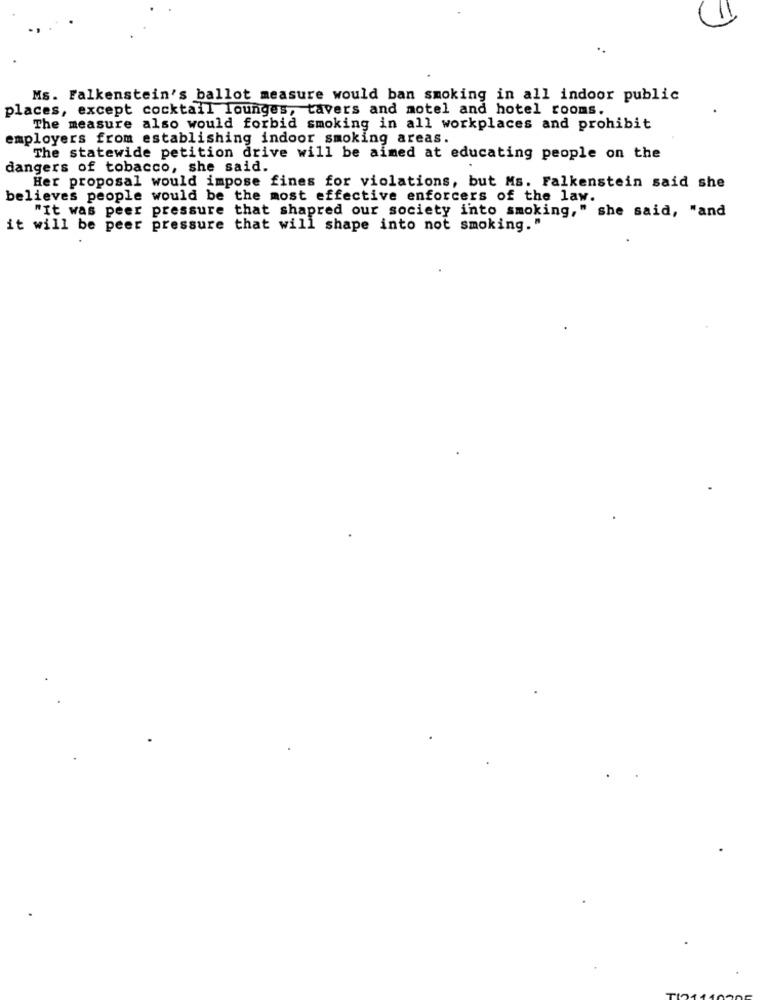
Ms. Falkenstein's ballot measure would ban smoking in all indoor public
places, except cocktail lounges, tavers and motel and hotel rooms.
The measure also would forbid smoking in all workplaces and prohibit
employers from establishing indoor smoking areas.
The statewide petition drive will be aimed at educating people on the
dangers of tobacco, she said.
Her proposal would impose fines for violations, but Ms. Falkenstein said she
believes people would be the most effective enforcers of the law.
"It was peer pressure that shapred our society into smoking," she said, "and
it will be peer pressure that will shape into not smoking."